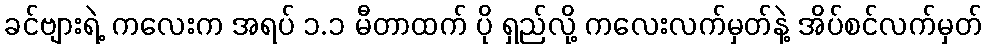
ခင်ဗျားရဲ့ ကလေးက အရပ် ၁.၁ မီတာထက် ပို ရှည်လို့ ကလေးလက်မှတ်နဲ့ အိပ်စင်လက်မှတ်